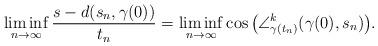
LaTeX: \begin{align*}\liminf_{n\to\infty} \frac{s-d(s_n,\gamma(0))}{t_n} = \liminf_{n\to\infty} \cos\big( \angle^k_{\gamma(t_n)} (\gamma(0),s_n) \big) .\end{align*}